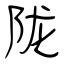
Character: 陇